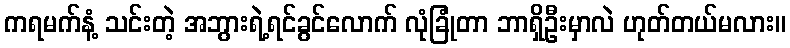
ကရမက်နံ့ သင်းတဲ့ အဘွားရဲ့ရင်ခွင်လောက် လုံခြုံတာ ဘာရှိဦးမှာလဲ ဟုတ်တယ်မလား။